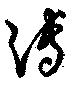
溥